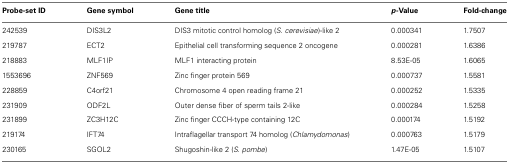
<table><thead><tr><td><b>Probe-set ID</b></td><td><b>Gene symbol</b></td><td><b>Gene title</b></td><td><b><i>p</i>-Value</b></td><td><b>Fold-change</b></td></tr></thead><tbody><tr><td>242539</td><td>DIS3L2</td><td>DIS3 mitotic control homolog (<i>S. cerevisiae</i>)-like 2</td><td>0.000341</td><td>1.7507</td></tr><tr><td>219787</td><td>ECT2</td><td>Epithelial cell transforming sequence 2 oncogene</td><td>0.000281</td><td>1.6386</td></tr><tr><td>218883</td><td>MLF1IP</td><td>MLF1 interacting protein</td><td>8.53E-05</td><td>1.6065</td></tr><tr><td>1553696</td><td>ZNF569</td><td>Zinc finger protein 569</td><td>0.000737</td><td>1.5581</td></tr><tr><td>228859</td><td>C4orf21</td><td>Chromosome 4 open reading frame 21</td><td>0.000252</td><td>1.5335</td></tr><tr><td>231909</td><td>ODF2L</td><td>Outer dense fiber of sperm tails 2-like</td><td>0.000284</td><td>1.5258</td></tr><tr><td>231899</td><td>ZC3H12C</td><td>Zinc finger CCCH-type containing 12C</td><td>0.000174</td><td>1.5192</td></tr><tr><td>219174</td><td>IFT74</td><td>Intraflagellar transport 74 homolog (<i>Chlamydomonas</i>)</td><td>0.000763</td><td>1.5179</td></tr><tr><td>230165</td><td>SGOL2</td><td>Shugoshin-like 2 (<i>S. pombe</i>)</td><td>1.47E-05</td><td>1.5107</td></tr></tbody></table>